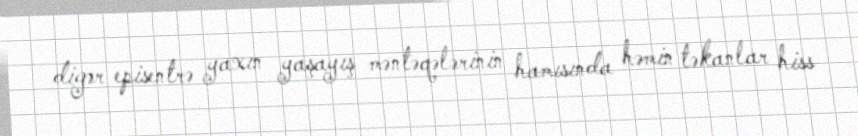
digər episentrə yaxın yaşayış məntəqələrinin hamısında həmin təkanlar hiss